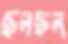
ছলছল